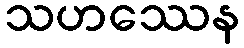
သဟဿေန